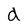
Character: d